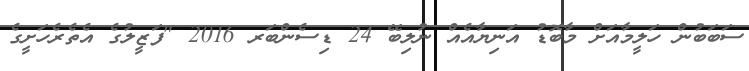
ސަބަބުން ހަލީމާއަށް މާބޮޑު އަނިޔާއެއް ނުލިބޭ 24 ޑިސެންބަރ 2016 "ފަޒީލުގެ އެތެރެހަށީގެ